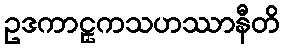
ဥဒကာဠှကသဟဿာနီတိ